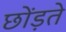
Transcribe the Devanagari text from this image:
छोंड़ते